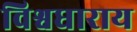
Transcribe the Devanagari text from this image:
विश्वधाराय